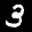
Label: 3